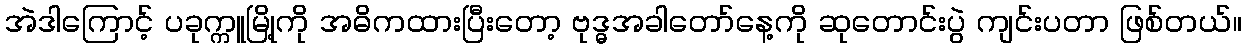
အဲဒါကြောင့် ပခုက္ကူမြို့ကို အဓိကထားပြီးတော့ ဗုဒ္ဓအခါတော်နေ့ကို ဆုတောင်းပွဲ ကျင်းပတာ ဖြစ်တယ်။